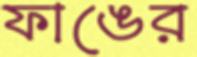
ফাঙের